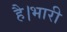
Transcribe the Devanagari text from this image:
है।भारी